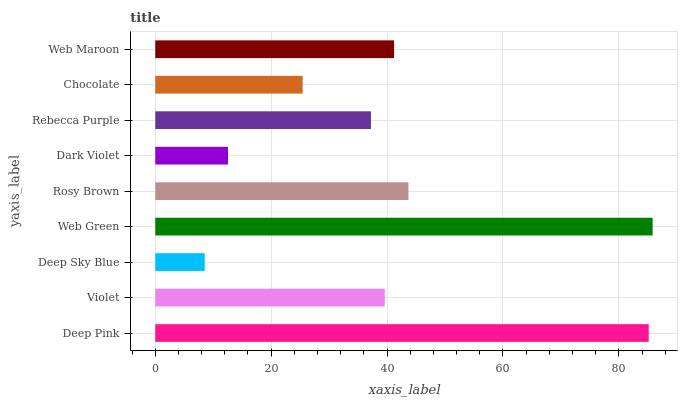
| yaxis_label | bars |
 | --- | --- |
 | Deep Pink | 85.2 |
 | Violet | 39.6 |
 | Deep Sky Blue | 8.54 |
 | Web Green | 85.8 |
 | Rosy Brown | 43.7 |
 | Dark Violet | 12.6 |
 | Rebecca Purple | 37.2 |
 | Chocolate | 25.4 |
 | Web Maroon | 41.2 |